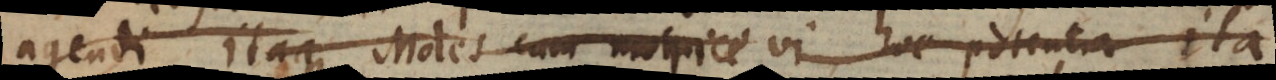
agendi Itaque Moles cum motrice vi hac potentia Ita